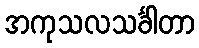
အကုသလသင်္ခါတာ